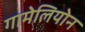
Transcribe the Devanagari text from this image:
गामेलियोन